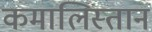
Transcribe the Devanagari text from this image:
कमालिस्तान